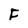
Character: F